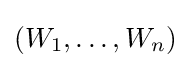
(W_{1},\ldots ,W_{n})